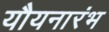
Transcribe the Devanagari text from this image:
यौयनारंभ